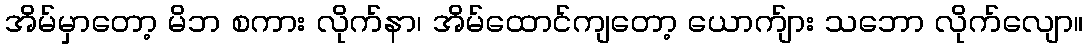
အိမ်မှာတော့ မိဘ စကား လိုက်နာ၊ အိမ်ထောင်ကျတော့ ယောက်ျား သဘော လိုက်လျော။